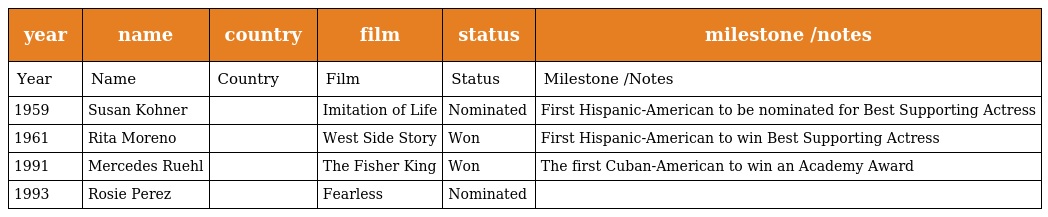
| year | name | country | film | status | milestone /notes |
 | --- | --- | --- | --- | --- | --- |
 | Year | Name | Country | Film | Status | Milestone /Notes |
 | 1959 | Susan Kohner |  | Imitation of Life | Nominated | First Hispanic-American to be nominated for Best Supporting Actress |
 | 1961 | Rita Moreno |  | West Side Story | Won | First Hispanic-American to win Best Supporting Actress |
 | 1991 | Mercedes Ruehl |  | The Fisher King | Won | The first Cuban-American to win an Academy Award |
 | 1993 | Rosie Perez |  | Fearless | Nominated |  |